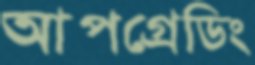
আপগ্রেডিং